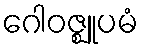
ဂေါဝဇ္ဈူပမံ